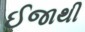
ઈજાથી